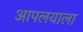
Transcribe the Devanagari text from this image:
आपलयाला